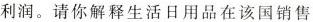
利润。请你解释生活日用品在该国销售